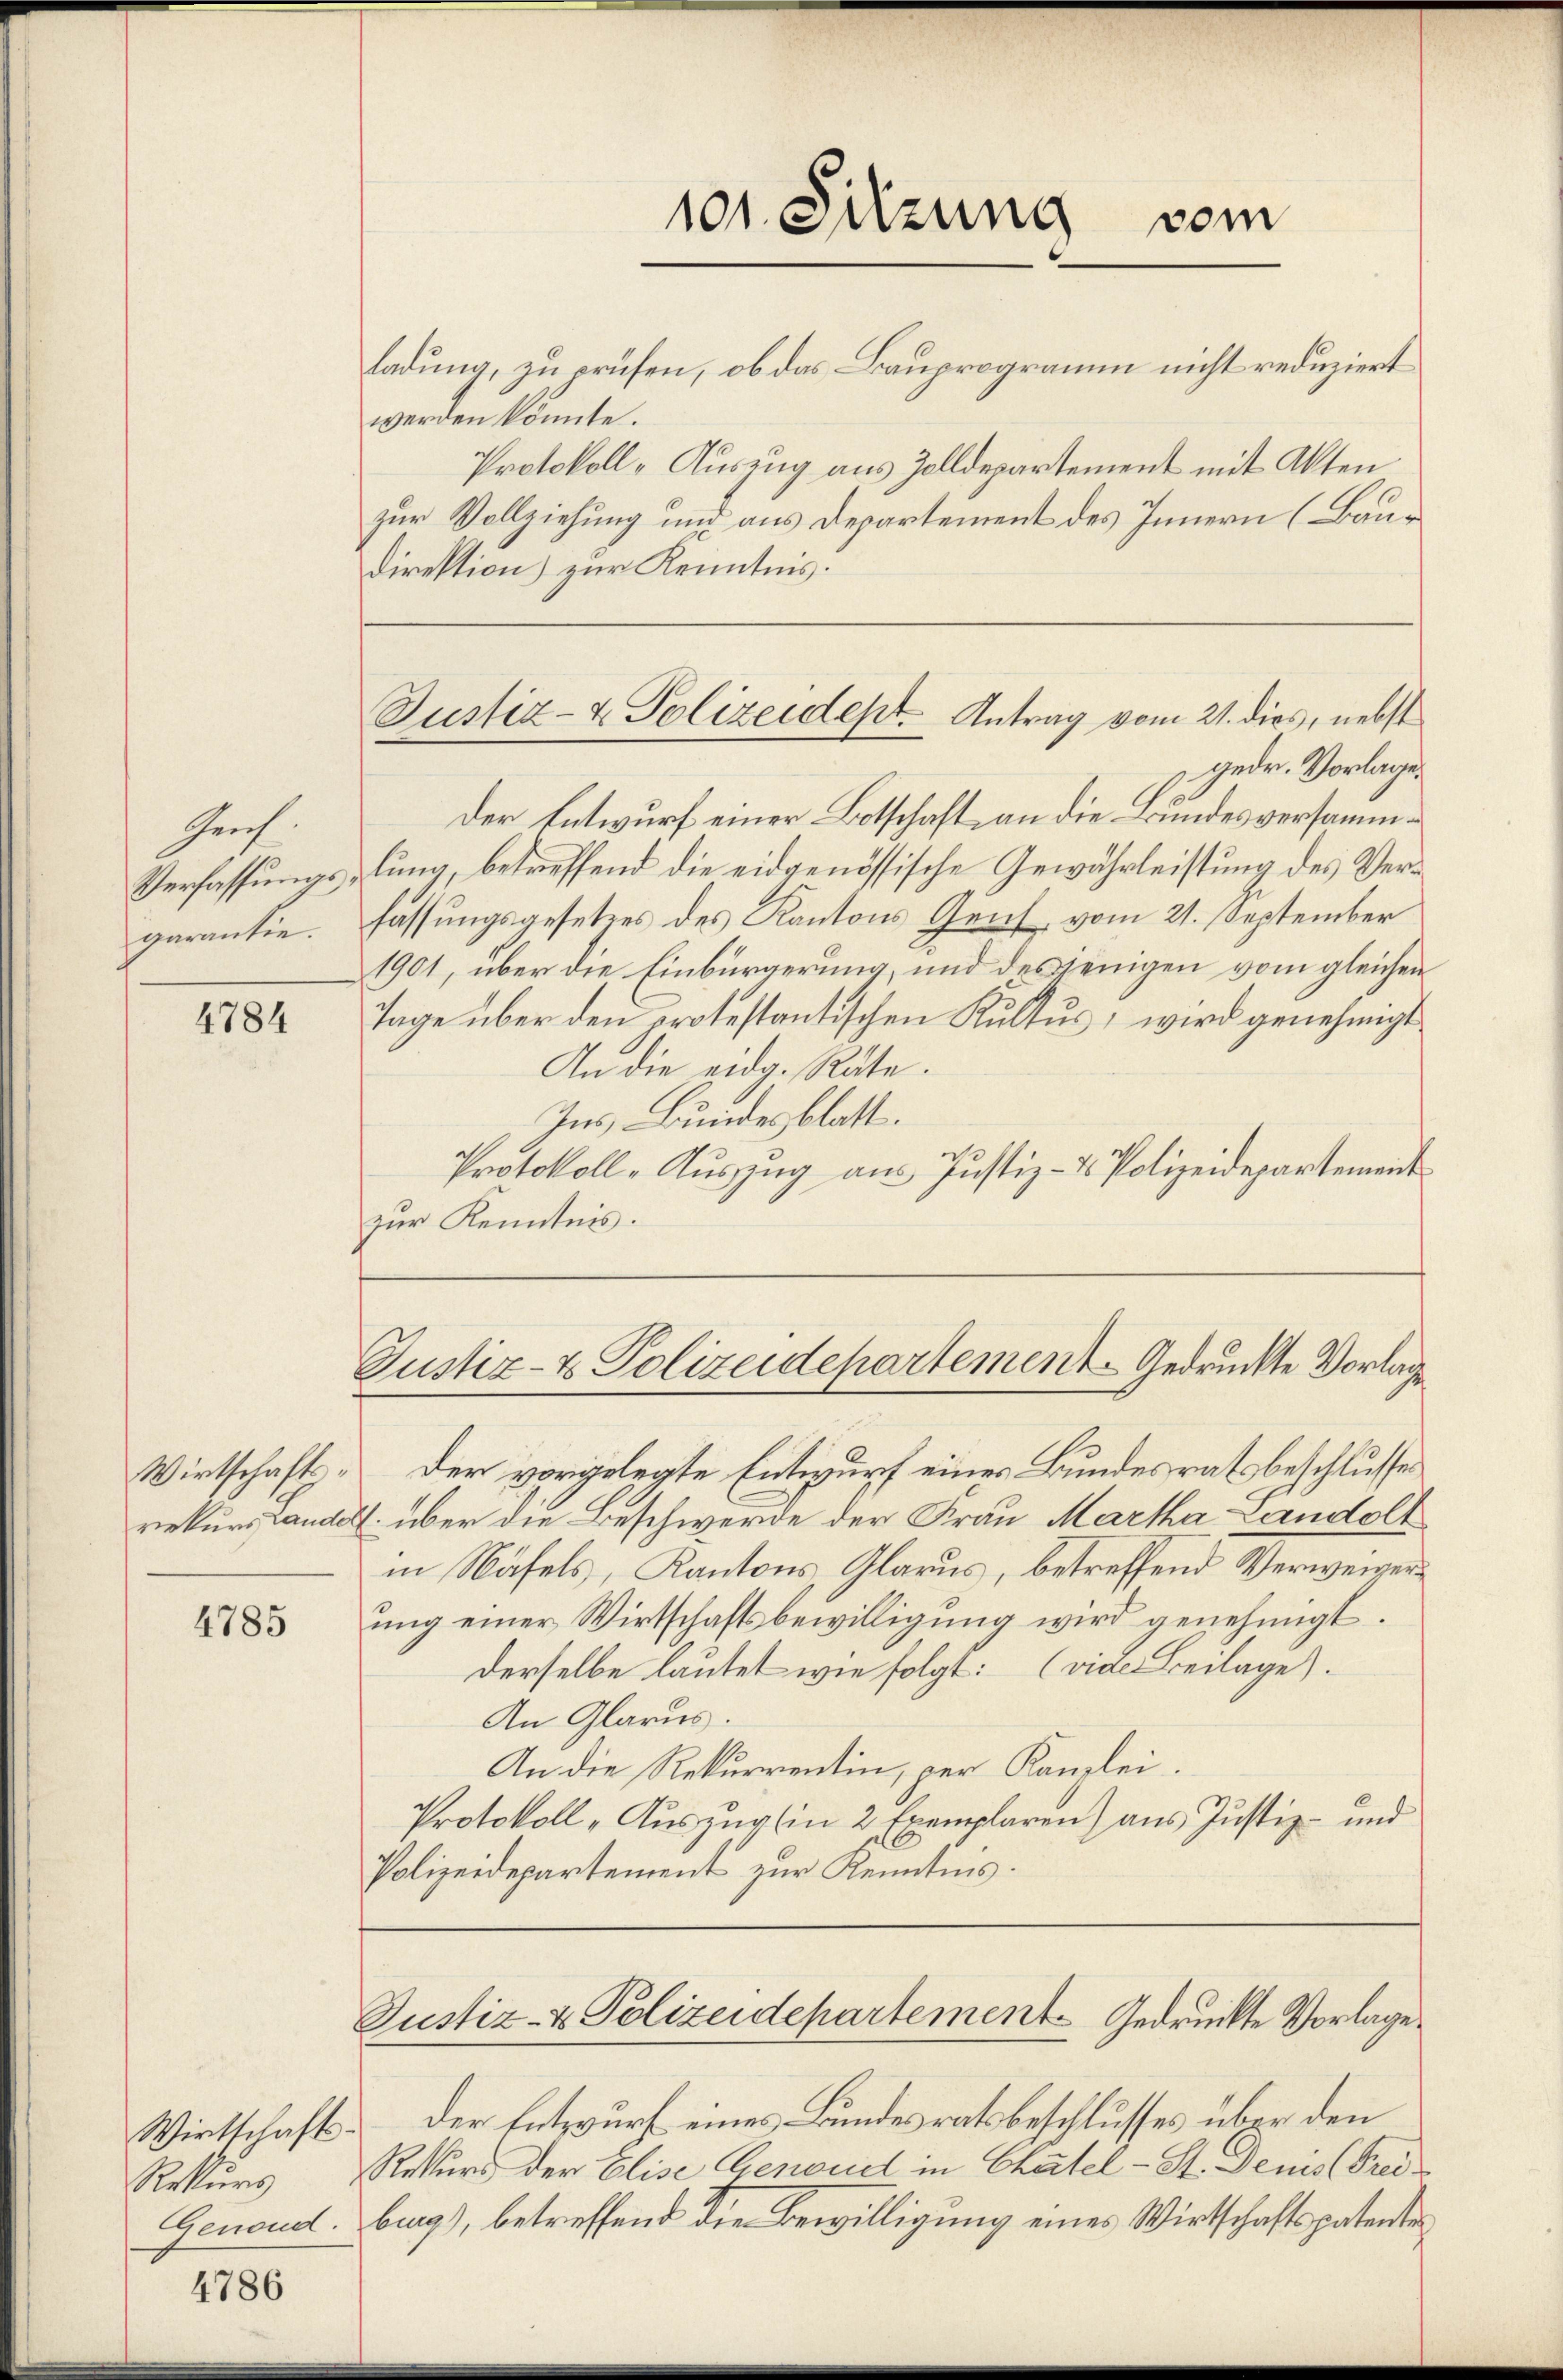
Prof.
Verfassungsgarantie.

4784

Wirtschaftsrekurs Lander

4785

Rekurs
Genond.

4786

ladung, zu prüfen, ob das Bauprogramm nicht reduziert
werden könnte.
Protokoll-Auszug aus Zolldepartement mit Akten
zur Vollziehung und aus Departement des Innern (Baudirektion) zur Kenntnis.

101. Sitzung vom

Justiz- & Polizeidept. Antrag vom 21. dies, nebst

Gedr. Vorlage.
Der Entwurf einer Botschaft an die Bundesversammlung, betreffend die eidgenössische Gewährleistung des Verfassungsgesetzes des Kantons Genf, vom 21. September
1901, über die Einbürgerung, und desjenigen vom gleichen
Tage über den protestantischen Kultus, wird genehmigt
An die eidg. Räte.
Ins Bundesblatt.
Protokoll-Auszug aus Justiz- & Polizeidepartement
zur Kenntnis.
Justiz- & Polizeidepartement-Gedruckte Vorlage
Der vorgelegte Entwurf eines Bundesrats beschlusser
7. über die Beschwerde der Frau Martha Landolt
in Näfels, Kantons, Glarus, betreffend Verweigerung einer Wirtschaftsbewilligung wird genehmigt.
derselbe lautet wie folgt: (vide Beilage).
An Glarus.
An die Rekurrentin, per Kanzlei.
Protokoll „Auszug (in 2 Exemplaren) aus Justiz- und
Polizeidepartement zur Kenntnis.

Justiz- & Polizeidepartement Gedruckte Vorlage.

Wirtschaft der Entwurf eines Bundesratsbeschlusses über den
Rekurs der Elise Genoud in Chatel-St. Denis (Freiburg), betreffend die Bewilligung eines Wirtschaftspatente